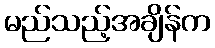
မည်သည့်အချိန်က